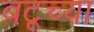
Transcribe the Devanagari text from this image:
बटूच्या